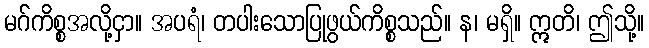
မဂ်ကိစ္စအလို့ငှာ။ အပရံ၊ တပါးသောပြုဖွယ်ကိစ္စသည်။ န၊ မရှိ။ ဣတိ၊ ဤသို့။